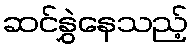
ဆင်နွှဲနေသည့်